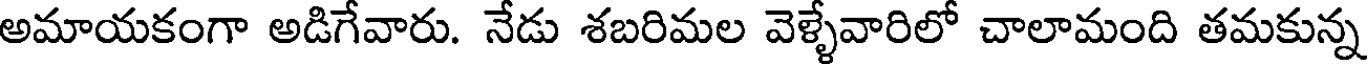
అమాయకంగా అడిగేవారు. నేడు శబరిమల వెళ్ళేవారిలో చాలామంది తమకున్న